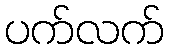
ပက်လက်